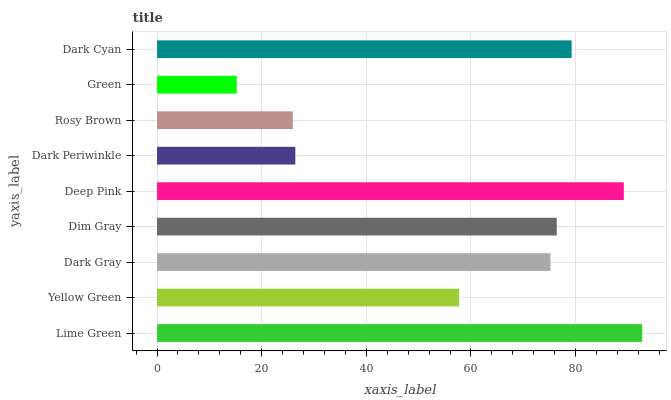
| yaxis_label | bars |
 | --- | --- |
 | Lime Green | 92.7 |
 | Yellow Green | 57.7 |
 | Dark Gray | 75.2 |
 | Dim Gray | 76.4 |
 | Deep Pink | 89.2 |
 | Dark Periwinkle | 26.4 |
 | Rosy Brown | 25.9 |
 | Green | 15.2 |
 | Dark Cyan | 79.2 |